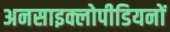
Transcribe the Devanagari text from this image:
अनसाइक्लोपीडियनों